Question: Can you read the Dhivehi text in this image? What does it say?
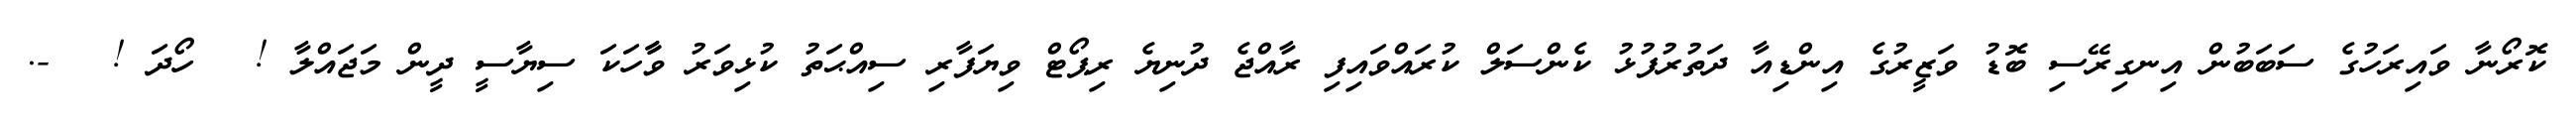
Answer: ކޮރޯނާ ވައިރަހުގެ ސަބަބުން އިނގިރޭސި ބޮޑު ވަޒީރުގެ އިންޑިއާ ދަތުރުފުޅު ކެންސަލް ކުރައްވައިފި ރާއްޖެ ދުނިޔެ ރިޕޯޓް ވިޔަފާރި ސިއްޙަތު ކުޅިވަރު ވާާހަކަ ސިޔާސީ ދީން މަޖައްލާ ! ? ހޯދަ ! ? -.